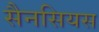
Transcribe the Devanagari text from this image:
सैनसियस